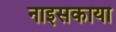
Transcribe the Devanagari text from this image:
नाइसकाया